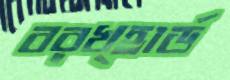
বরখ্হার্ড